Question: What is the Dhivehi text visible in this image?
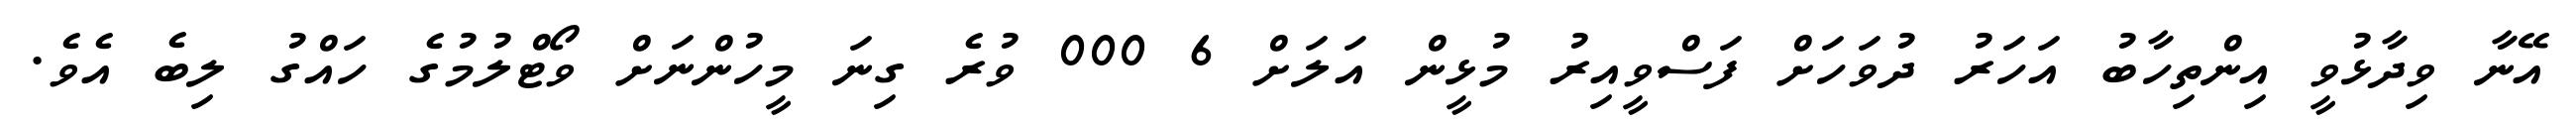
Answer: އޭނާ ވިދާޅުވީ އިންތިހާބު އަހަރު ދުވަހަށް ފަސްވީއިރު މުޅީން އަލަށް 6 000 ވުރެ ގިނަ މީހުންނަށް ވޯޓްލުމުގެ ހައްގު ލިބެ އެވެ.